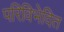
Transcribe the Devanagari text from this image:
परिविभेदित